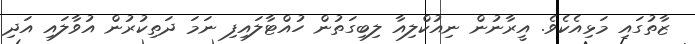
ޒާތުގައި މަޅިއެކެވެ. އީރާނުން ނިއުކްލިއާ ލިބިގަތުން ހުއްޓާލައިފި ނަމަ ދަތިކުރުން އުވާލައި އަދި